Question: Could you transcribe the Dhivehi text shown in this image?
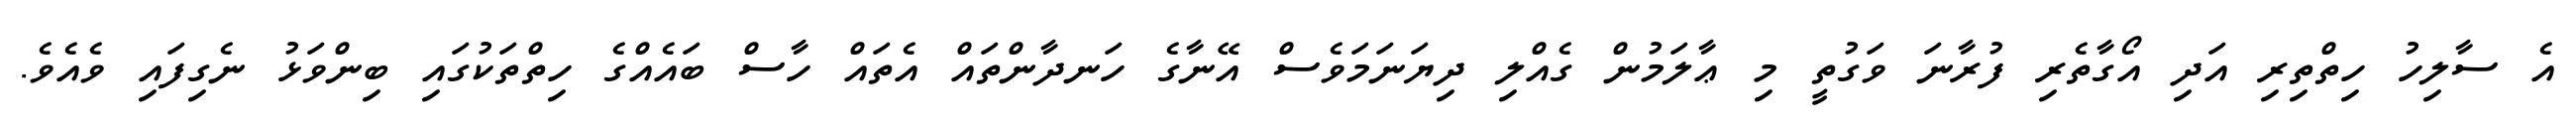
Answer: އެ ސާލިހު ހިތްތިރި އަދި އޯގާތެރި ފުރާނަ ވަގުތީ މި ޢާލަމުން ގެއްލި ދިޔަނަމަވެސް އޭނާގެ ހަނދާންތައް އެތައް ހާސް ބައެއްގެ ހިތްތަކުގައި ބިންވަޅު ނެގިފައި ވެއެވެ.